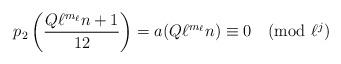
LaTeX: \begin{align*}p_{2}\left(\frac{Q\ell^{m_{\ell}}n+1}{12}\right)=a(Q\ell^{m_{\ell}}n)\equiv 0\pmod{\ell^j}\end{align*}